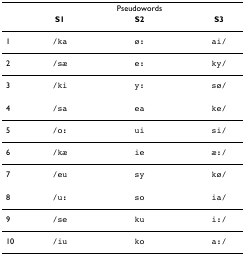
|  |  | Pseudowords |  |
 |  | S1 | S2 | S3 |
 | --- | --- | --- | --- |
 | 1 | /ka | ø: | ai/ |
 | 2 | /sæ | e: | ky/ |
 | 3 | /ki | y: | sø/ |
 | 4 | /sa | ea | ke/ |
 | 5 | /o: | ui | si/ |
 | 6 | /kæ | ie | æ:/ |
 | 7 | /eu | sy | kø/ |
 | 8 | /u: | so | ia/ |
 | 9 | /se | ku | i:/ |
 | 10 | /iu | ko | a:/ |